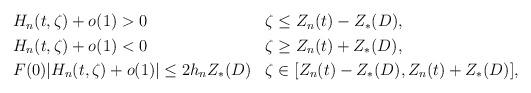
LaTeX: \begin{align*}\begin{aligned}& H_n(t,\zeta)+o(1)>0 & & \zeta\le Z_n(t)-Z_*(D),\\& H_n(t,\zeta)+o(1)<0 & & \zeta\ge Z_n(t)+Z_*(D),\\& F(0)|H_n(t,\zeta)+o(1)|\le 2 h_n Z_*(D) & & \zeta\in[Z_n(t)-Z_*(D),Z_n(t)+Z_*(D)],\\\end{aligned}\end{align*}